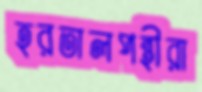
হরতালপন্থীরা